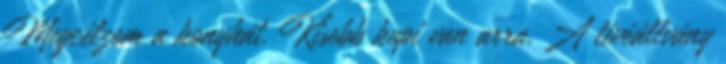
Megcélzom a konyhát. Kisebb kupi van arra. A tévéállvány